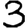
Digit: 3